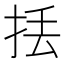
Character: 𢫻